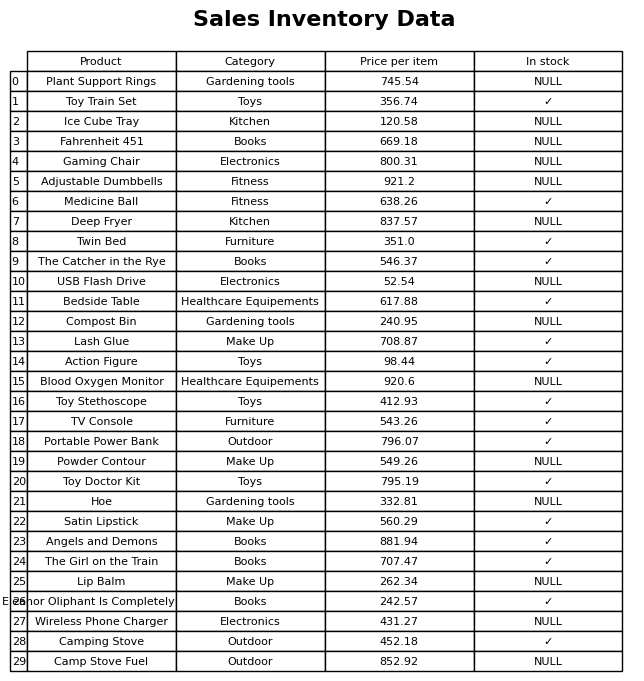
question: What is the price for Powder Contour?
answer: The price of Powder Contour is 549.26.